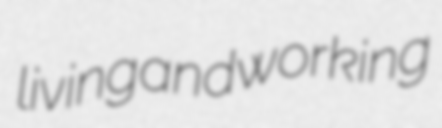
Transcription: living and working